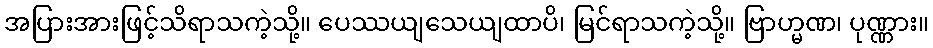
အပြားအားဖြင့်သိရာသကဲ့သို့။ ပေဿယျသေယျထာပိ၊ မြင်ရာသကဲ့သို့။ ဗြာဟ္မဏ၊ ပုဏ္ဏား။